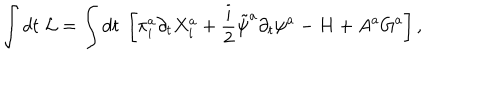
LaTeX: \int d t \; { \cal L } = \int d t \; \left[ \pi _ { i } ^ { a } \partial _ { t } X _ { i } ^ { a } + \frac { i } { 2 } \tilde { \psi } ^ { a } \partial _ { t } \psi ^ { a } - H + A ^ { a } G ^ { a } \right] ,